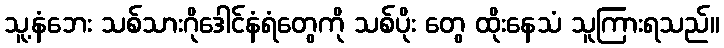
သူ့နံဘေး သစ်သားဂိုဒေါင်နံရံတွေကို သစ်ပိုး တွေ ထိုးနေသံ သူကြားရသည်။